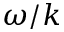
\omega / k